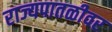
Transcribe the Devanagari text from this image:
राज्यपातळीवर